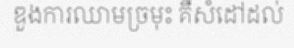
ឌួងការឈាមច្រមុះ គឺសំដៅដល់